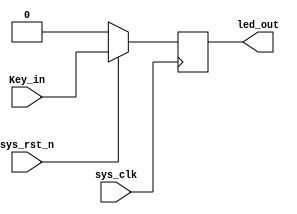
module flip_flop
(
	input 	wire    sys_clk,	//50MHZ
	input	wire    sys_rst_n,	
	input	wire 	Key_in,
	
	output	reg		led_out
);

always@(posedge sys_clk)   // or negedge sys_rst_n)		
	if(sys_rst_n == 1'b0)
		led_out <= 1'b0;		
	else
		led_out <= Key_in;

endmodule